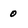
Character: 0